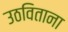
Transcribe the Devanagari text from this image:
उठविताना